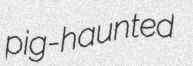
pig-haunted